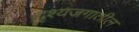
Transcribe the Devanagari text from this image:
दृश्यजगातील